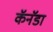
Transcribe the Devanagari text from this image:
कॅनॅडा